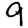
Digit: 9